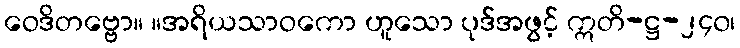
ဝေဒိတဗ္ဗော။ ။အရိယသာဝကော ဟူသော ပုဒ်အဖွင့် ဣတိ-ဋ္ဌ-၂၄၀၊